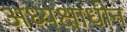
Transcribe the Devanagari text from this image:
अध्यक्षाधीन